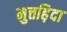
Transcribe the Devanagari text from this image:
मुत्तह़िदा